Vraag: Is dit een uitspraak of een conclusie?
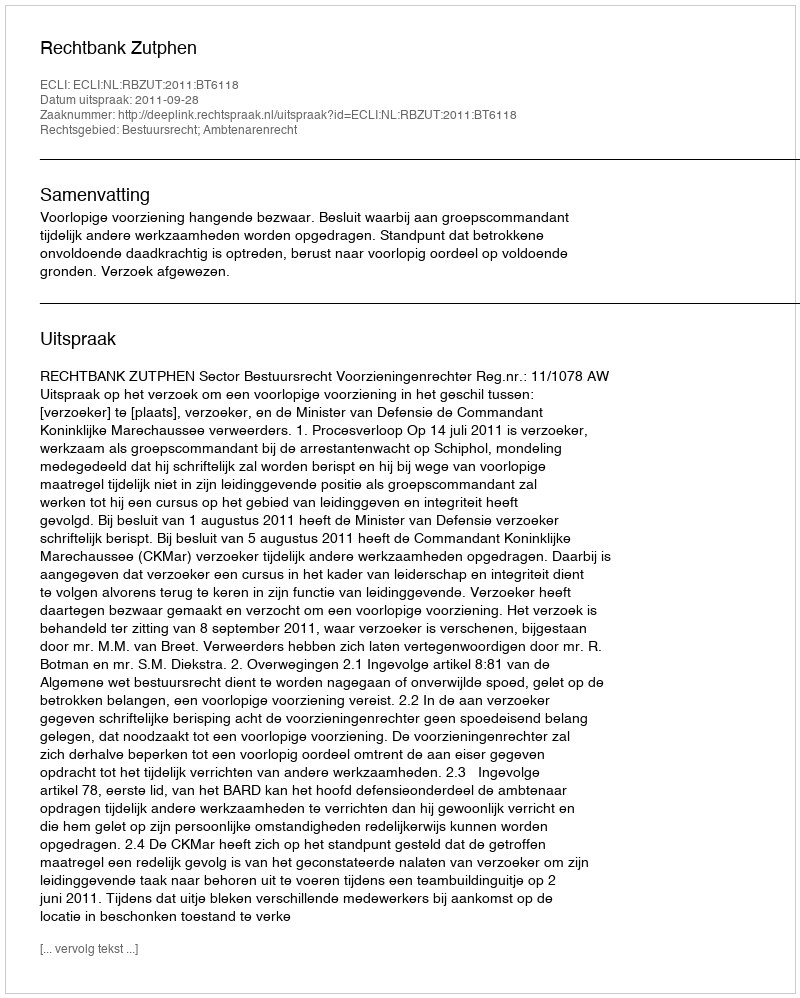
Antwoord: Uitspraak